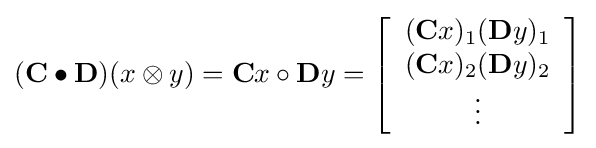
(\mathbf {C} \bullet \mathbf {D} )(x\otimes y)=\mathbf {C} x\circ \mathbf {D} y=\left[{\begin{array}{c }(\mathbf {C} x)_{1}(\mathbf {D} y)_{1}\\(\mathbf {C} x)_{2}(\mathbf {D} y)_{2}\\\vdots \end{array}}\right]